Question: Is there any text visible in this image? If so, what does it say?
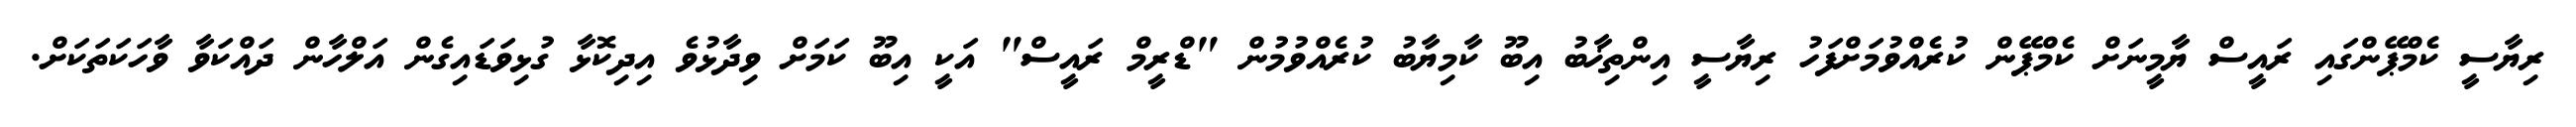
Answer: ރިޔާސީ ކެމްޕޭންގައި ރައީސް ޔާމީނަށް ކެމްޕޭން ކުރެއްވުމަށްފަހު ރިޔާސީ އިންތިޚާބު އިބޫ ކާމިޔާބު ކުރެއްވުމުން "ޑްރީމް ރައީސް" އަކީ އިބޫ ކަމަށް ވިދާޅުވެ އިދިކޮޅާ ގުޅިވަޑައިގެން އަލްހާން ދައްކަވާ ވާހަކަތަކަށް.